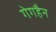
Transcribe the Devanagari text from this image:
गेगहैन